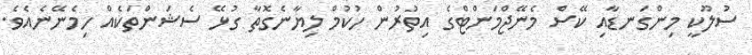
ސުލޫކީ މިންގަނޑާއި ކޭސް މެނޭޖްމަންޓްގެ އިތުރުން ހުކުމް ލިޔާނެގޮތާ ގުޅޭ ސެޝަންތަކެއް ހިމެނޭނެއެވެ.